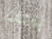
باحث